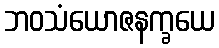
ဘဝသံယောဇနက္ခယေ